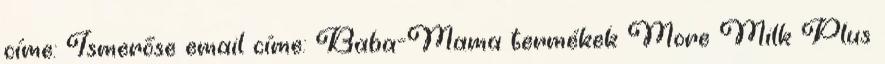
címe: Ismerőse email címe: Baba-Mama termékek More Milk Plus